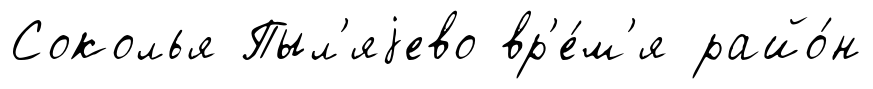
Соколья Пыл'яjево вр'е́м'я райо́н